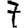
Digit: 7